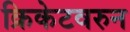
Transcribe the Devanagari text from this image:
क्रिकेटवरुन